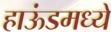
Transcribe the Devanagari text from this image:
हाऊंडमध्ये